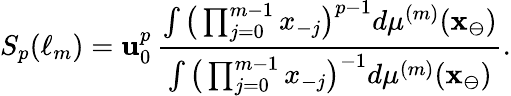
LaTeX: S_{p}(\ell_{m})=\mathbf{u}_{0}^{p}\, \frac{{\int\big(\prod_{j=0}^{m-1}x_{-j}\big)^{p-1}d\mu^{(m)}(\mathbf{{x}}_{\ominus})}}{{\int\big(\prod_{j=0}^{m-1}x_{-j}\big)^{-1}d\mu^{(m)}(\mathbf{{x}}_{\ominus})}}.